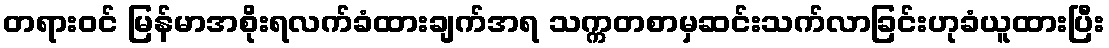
တရားဝင် မြန်မာအစိုးရလက်ခံထားချက်အရ သက္ကတစာမှဆင်းသက်လာခြင်းဟုခံယူထားပြီး